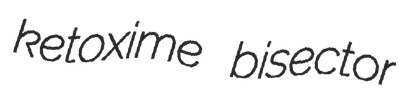
ketoxime bisector